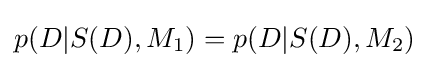
p(D|S(D),M_{1})=p(D|S(D),M_{2})